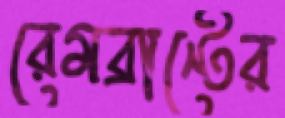
রেমব্রান্টের